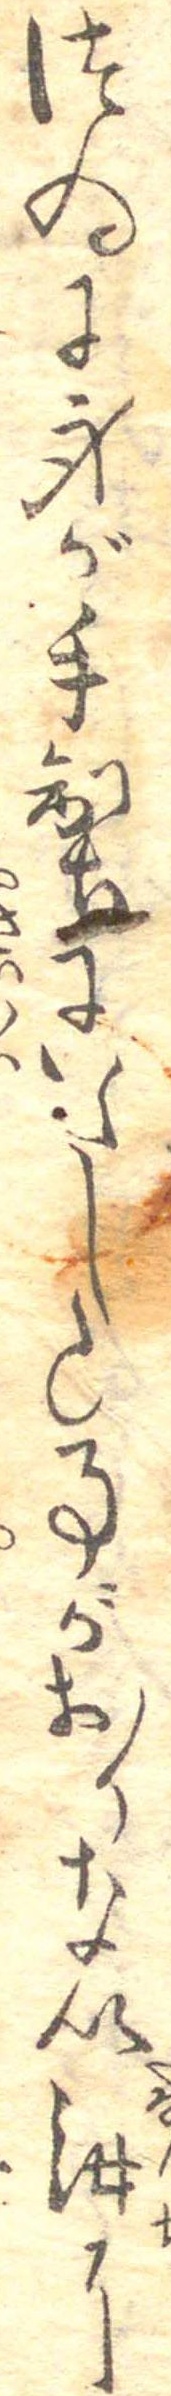
つゐに身が手製にいたした事がおりない汝に